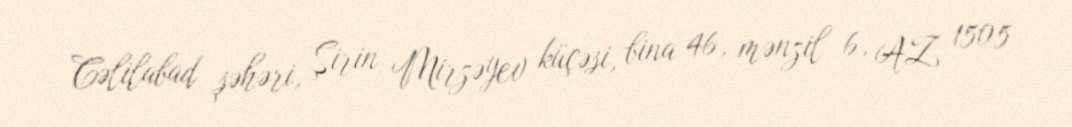
Cəlilabad şəhəri, Şirin Mirzəyev küçəsi, bina 46, mənzil 6, AZ 1505